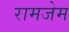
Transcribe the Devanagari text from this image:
रामजेम